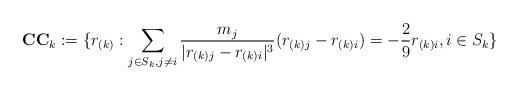
LaTeX: \begin{align*}\textbf{CC}_k := \{r_{(k)}: \sum_{j \in S_k,j \neq i} \frac{m_j}{|r_{(k)j}-r_{(k)i}|^3}(r_{(k)j}-r_{(k)i}) = -\frac{2}{9}r_{(k)i}, i \in S_k \}\end{align*}